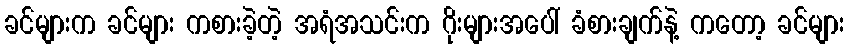
ခင်များက ခင်များ ကစားခဲ့တဲ့ အရံအသင်းက ဂိုးများအပေါ် ခံစားချက်နဲ့ ကတော့ ခင်များ